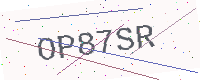
Text: OP87SR